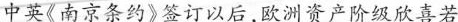
中英《南京条约》签订以后，欧洲资产阶级欣喜若